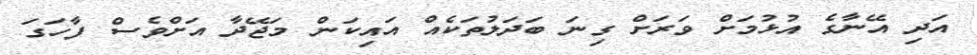
އަދި އޭނާގެ އުޅުމަށް ވަރަށް ގިނަ ބަދަލުތަކެއް އައިކަން މަޖޭދާ އަށްވެސް ފާހަގަ